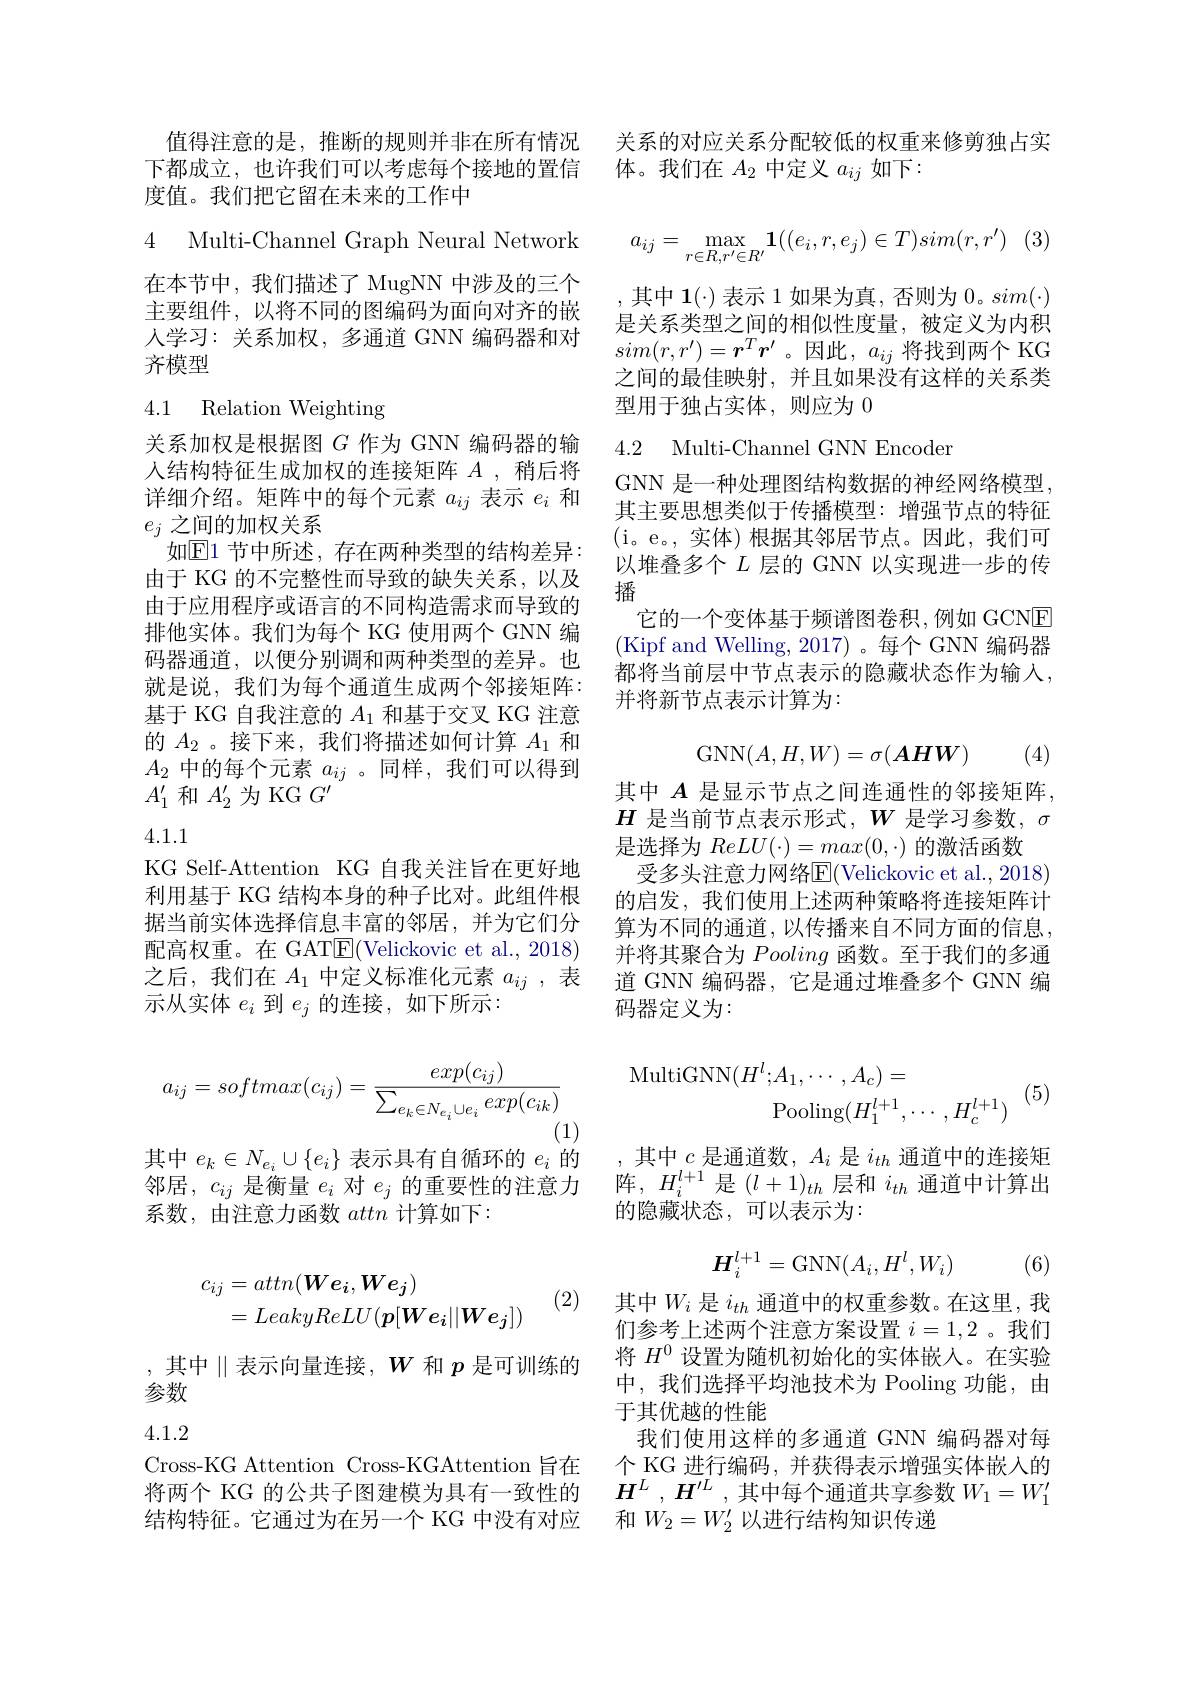
度值。我们把它留在未来的工作中

4 Multi-Channel Graph Neural Network 在本节中，我们描述了 MugNN 中涉及的三个主要组件，以将不同的图编码为面向对齐的嵌人学习：关系加权，多通道 GNN 编码器和对齐模型

## 4.1 Relation Weighting

关系加权是根据图$G$作为 GNN 编码器的输人结构特征生成加权的连接矩阵$A$ ,稍后将详细介绍。矩阵中的每个元素$a_ij$表示$e_i$和$e_j$之间的加权关系
如$\mathbb{E}$1 节中所述，存在两种类型的结构差异： 由于 KG 的不完整性而导致的缺失关系，以及由于应用程序或语言的不同构造需求而导致的排他实体。我们为每个 KG 使用两个 GNN 编码器通道，以便分别调和两种类型的差异。也就是说，我们为每个通道生成两个邻接矩阵： 基于 KG 自我注意的$A_1$和基于交叉 KG 注意的$A_2$ 。接下来，我们将描述如何计算$A_1$和$A_2$中的每个元素$a_ij$ 。同样，我们可以得到$A_1^{\prime}$和$A_2^\prime$为 KG $G^\prime$

4.1.1

KG Self-Attention KG 自我关注旨在更好地配高权重。在 GAT$\underline{\mathrm{E}}($Velickovic et al., 2018) 之后，我们在$A_1$中定义标准化元素$a_ij$ ,表示从实体$e_i$到$e_j$的连接，如下所示：
$$a_{ij}=softmax(c_{ij})=\frac{exp(c_{ij})}{\sum_{e_{k}\in N_{e_{i}}\cup e_{i}}exp(c_{ik})}\text{MultiGNN}(H^{l};A_{1},\cdots,A_{c})=\\\text{Pooling}(H_{1}^{l+1},\cdots,H_{c}^{l+1})$$
其中$e_k\in N_{e_i}\cup\{e_i\}$表示具有自循环的$e_i$的

邻居，$c_ij$是衡量$e_i$对$e_j$的重要性的注意力
系数，由注意力函数attn计算如下：
$$\begin{aligned}c_{ij}&=attn(We_{i},We_{j})\\&=LeakyReLU(p[We_{i}||We_{j}])\end{aligned}$$
(2)

, 其中$\parallel$表示向量连接$,W$ 和 $p$ 是可训练的
参数

# 4.1.2

Cross-KG Attention Cross-KGAttention 旨在

值得注意的是，推断的规则并非在所有情况 关系的对应关系分配较低的权重来修剪独占实
下都成立，也许我们可以考虑每个接地的置信 体。我们在$A_{2}$中定义$a_{ij}$如下：
$$a_{ij}=\max\limits_{r\in R,r'\in R'}\mathbf{1}((e_i,r,e_j)\in T)sim(r,r')$$
,其中$\mathbf{1}(\cdot)$表示 1 如果为真，否则为$0。sim(\cdot)$ 是关系类型之间的相似性度量，被定义为内积$sim(r,r^{\prime})=\boldsymbol{r}^T\boldsymbol{r}^{\prime}$。因此$,a_ij$ 将找到两个 KG 之间的最佳映射，并且如果没有这样的关系类型用于独占实体，则应为0

4.2 Multi-Channel GNN Encoder

GNN 是一种处理图结构数据的神经网络模型其主要思想类似于传播模型：增强节点的特征(i。e。,实体)根据其邻居节点。因此，我们可以堆叠多个$L$层的 GNN 以实现进一步的传播
它的一个变体基于频谱图卷积，例如 GCNE (Kipf and Welling, 2017)。每个 GNN 编码器都将当前层中节点表示的隐藏状态作为输入， 并将新节点表示计算为：
$$\mathrm{GNN}(A,H,W)=\sigma(\boldsymbol{AHW})$$
(4)

其中$A$是显示节点之间连通性的邻接矩阵， $H$是当前节点表示形式，$W$是学习参数，$\sigma$ 是选择为$ReLU(\cdot)=\underline max(0,\cdot)$的激活函数
受多头注意力网络E(Velickovic et al., 2018)
利用基于 KG 结构本身的种子比对。此组件根 的启发，我们使用上述两种策略将连接矩阵计据当前实体选择信息丰富的邻居，并为它们分 算为不同的通道，以传播来自不同方面的信息
并将其聚合为Pooling函数。至于我们的多通道 GNN 编码器，它是通过堆叠多个 GNN 编码器定义为：

(5)

,其中$c$是通道数，$A_i$是$i_th$通道中的连接矩阵，$H_i^{l+1}$是$(l+1)_th$层和$i_th$通道中计算出的隐藏状态，可以表示为：
$$H_i^{l+1}=\mathrm{GNN}(A_i,H^l,W_i)$$
(6)

其中$W_i$是$i_{th}$通道中的权重参数。在这里，我们参考上述两个注意方案设置$i=1,2$ 。我们将$H^0$设置为随机初始化的实体嵌入。在实验中，我们选择平均池技术为 Pooling 功能，由于其优越的性能
我们使用这样的多通道 GNN 编码器对每个 KG 进行编码，并获得表示增强实体嵌入的
将两个 KG 的公共子图建模为具有一致性的 $H^L,H^{\prime L}$,其中每个通道共享参数 $W_1=W_1^{\prime}$
结构特征。它通过为在另一个 KG 中没有对应 和$W_2=W_2^{\prime}$以进行结构知识传递